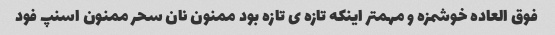
فوق العاده خوشمزه و مهمتر اینکه تازه ى تازه بود ممنون نان سحر ممنون اسنپ فود